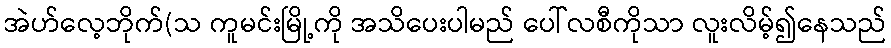
အဲဟ်လေ့ဘိုက်(သ ကူမင်းမြို့ကို အသိပေးပါမည် ပေါ်လစီကိုသာ လူးလိမ့်၍နေသည်